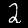
Digit: 2